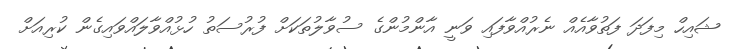
ޝައިހް މިފަދަ ފަތުވާއެއް ނެރުއްވާފައި ވަނީ އާންމުންގެ ސުވާލުތަކަށް ފުރުސަތު ހުޅުއްވާލައްވައިގެން ކުރިއަށް